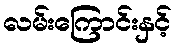
လမ်းကြောင်းနှင့်